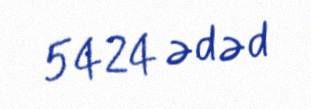
5424 ədəd